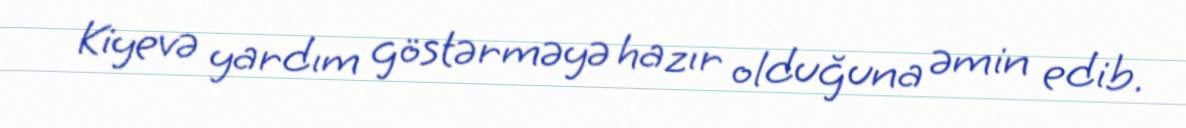
Kiyevə yardım göstərməyə hazır olduğuna əmin edib.